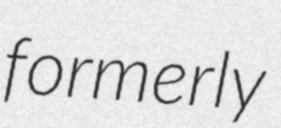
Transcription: formerly